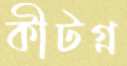
কীটগ্ন